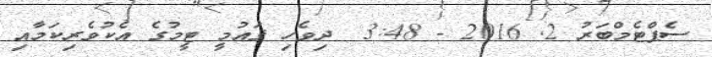
ސެޕްޓެމްބަރު 2